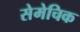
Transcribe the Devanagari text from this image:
सेमेचिक